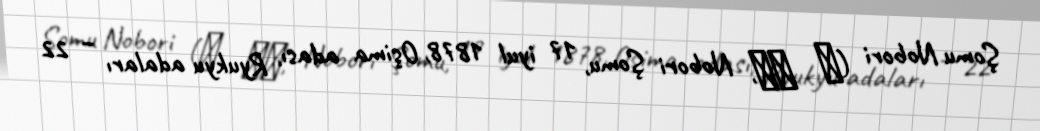
Şomu Nobori (昇 曙夢, Nobori Şomu, 17 iyul 1878, Oşima adası, Ryukyu adaları – 22